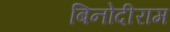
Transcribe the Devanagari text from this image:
बिनोदीराम